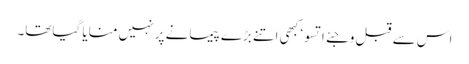
اس سے قبل وجئے اتسو‘ کبھی اتنے بڑے پیمانے پر نہیں منایا گیاتھا۔